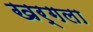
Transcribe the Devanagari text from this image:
खर्गला